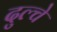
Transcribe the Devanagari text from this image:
दुल्चे